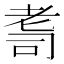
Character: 𦒽